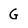
Character: G